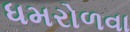
ધમરોળવા